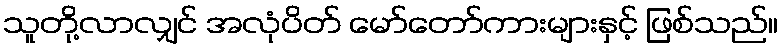
သူတို့လာလျှင် အလုံပိတ် မော်တော်ကားများနှင့် ဖြစ်သည်။